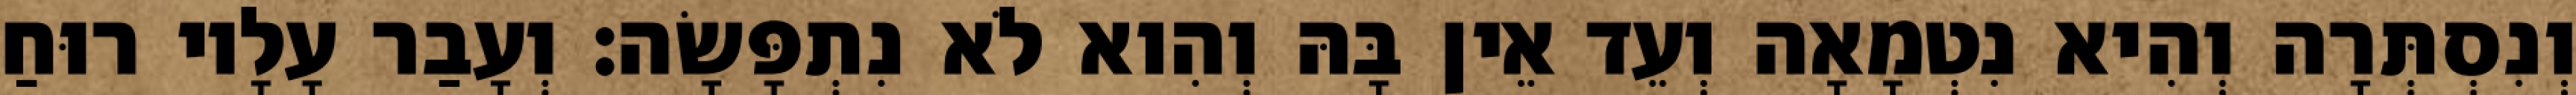
וְנִסְתְּרָה וְהִיא נִטְמָאָה וְעֵד אֵין בָּהּ וְהִוא לֹא נִתְפָּשָׂה׃ וְעָבַר עָלָיו רוּחַ